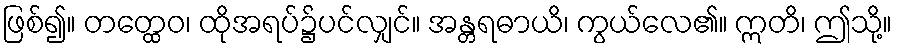
ဖြစ်၍။ တတ္ထေဝ၊ ထိုအရပ်၌ပင်လျှင်။ အန္တရဓာယိ၊ ကွယ်လေ၏။ ဣတိ၊ ဤသို့။